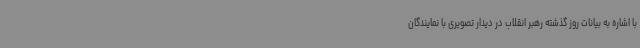
با اشاره به بیانات روز گذشته رهبر انقلاب در دیدار تصویری با نمایندگان